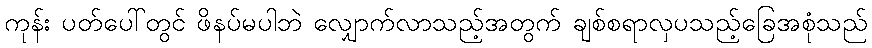
ကုန်း ပတ်ပေါ်တွင် ဖိနပ်မပါဘဲ လျှောက်လာသည့်အတွက် ချစ်စရာလှပသည့်ခြေအစုံသည်